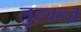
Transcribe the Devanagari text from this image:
लुट्यन्ज़